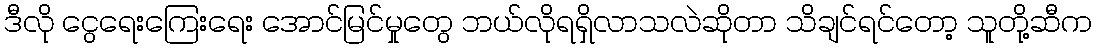
ဒီလို ငွေရေးကြေးရေး အောင်မြင်မှုတွေ ဘယ်လိုရရှိလာသလဲဆိုတာ သိချင်ရင်တော့ သူတို့ဆီက